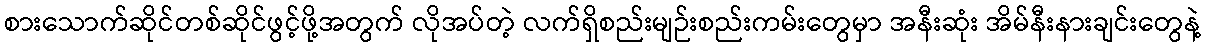
စားသောက်ဆိုင်တစ်ဆိုင်ဖွင့်ဖို့အတွက် လိုအပ်တဲ့ လက်ရှိစည်းမျဉ်းစည်းကမ်းတွေမှာ အနီးဆုံး အိမ်နီးနားချင်းတွေနဲ့